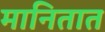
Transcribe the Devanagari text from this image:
मानितात